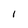
Character: l